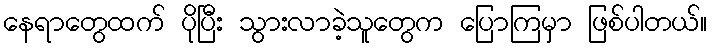
နေရာတွေထက် ပိုပြီး သွားလာခဲ့သူတွေက ပြောကြမှာ ဖြစ်ပါတယ်။